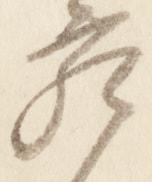
宛